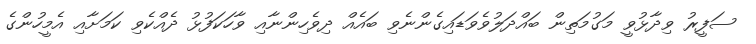
ސަފީރު ވިދާޅުވީ މަގުމަތިން ބައްދަލުވެވަޑައިގެންނެވި ބައެއް ދިވެހިންނާއި ވާހަކަފުޅު ދެއްކެވި ކަމަށާއި އެމީހުންގެ